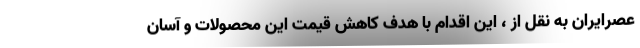
عصرایران به نقل از ، این اقدام با هدف کاهش قیمت این محصولات و آسان